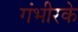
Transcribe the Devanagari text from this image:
गंभीरके